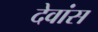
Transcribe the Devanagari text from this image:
देवांस